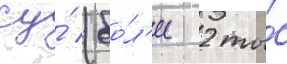
су́ (бо́л'ее 2 ты́с